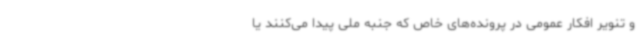
و تنویر افکار عمومی در پرونده‌های خاص که جنبه ملی پیدا می‌کنند یا